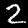
Digit: 2